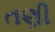
તણી